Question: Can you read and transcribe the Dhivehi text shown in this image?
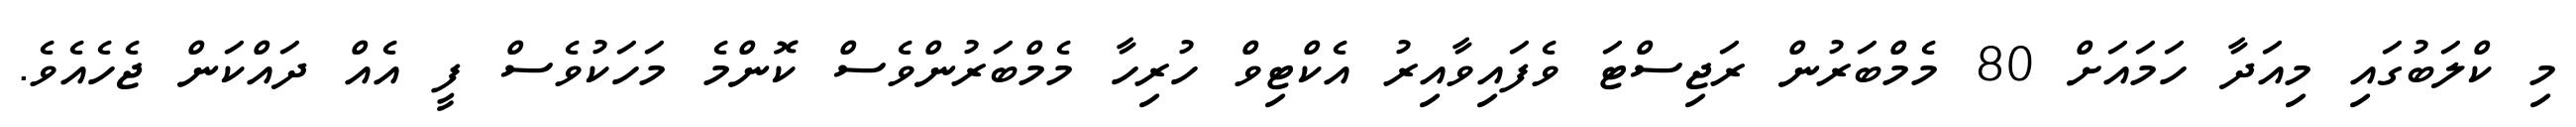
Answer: މި ކްލަބުގައި މިއަދާ ހަމައަށް 80 މެމްބަރުން ރަޖިސްޓަ ވެފައިވާއިރު އެކްޓިވް ހުރިހާ މެމްބަރުންވެސް ކޮންމެ މަހަކުވެސް ފީ އެއް ދައްކަން ޖެހެއެވެ.